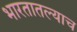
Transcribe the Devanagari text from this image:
भारतातल्याच